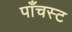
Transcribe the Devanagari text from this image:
पाँचस्ट